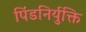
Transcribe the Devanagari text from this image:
पिंडनिर्युक्ति